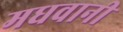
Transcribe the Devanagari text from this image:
मधवानी